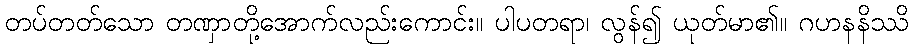
တပ်တတ်သော တဏှာတို့အောက်လည်းကောင်း။ ပါပတရာ၊ လွန်၍ ယုတ်မာ၏။ ဂဟနနိဿိ